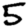
Digit: 5